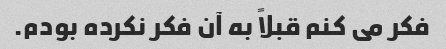
فکر می کنم قبلاً به آن فکر نکرده بودم.